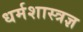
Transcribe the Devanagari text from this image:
धर्मशास्त्रज्ञ